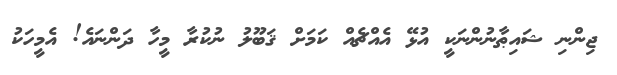
ޖިންނި ޝައިޠާނުންނަކީ އުޅޭ އެއްޗެއް ކަމަށް ޤަބޫލު ނުކުރާ މީހާ ދަންނައެ! އެމީހަކު